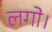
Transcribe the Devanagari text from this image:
लगो।